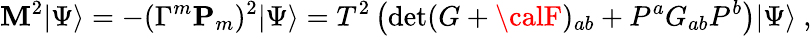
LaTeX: \mathbf{M}^{2}|\Psi\rangle=-(\Gamma^{m}{\mathbf{P}}_{m})^{2}|\Psi\rangle=T^{2}\left(\operatorname*{det}(G+{\calF})_{ab}+P^{a}G_{ab}P^{b}\right)|\Psi\rangle\ ,